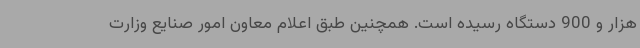
هزار و 900 دستگاه رسیده است. همچنین طبق اعلام معاون امور صنایع وزارت